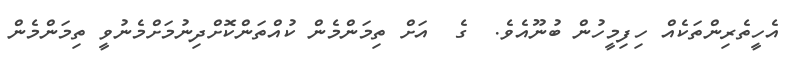
އެހީތެރިންތަކެއް ހިފިމީހުން ބުނޫއެވެ.  ގެ  އަށް ތިމަންމެން ކުއްތަންކޮށްދިނުމަށްމެނުވީ ތިމަންމެން